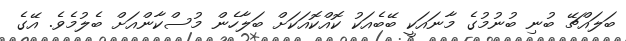
ބަލައްޗޭ ބުނި ބުނުމުގެ މާނައަކީ ބޭބެއަކު ކޮއްކޮއަކަށް ބަލާހެން މުސްކާންއަށް ބެލުމެވެ. އޭގެ